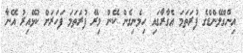
އިންގްލޭންޑްގެ ފުރަތަމަ އެގާރާގައި ހިމެނިގެން ކޭން މިރޭ ފުރަތަމަ ފަހަރަށް ކުޅޭއިރު އޭނާ